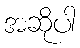
အဆိုပါ